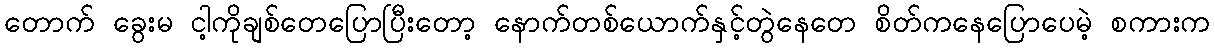
တောက် ခွေးမ ငါ့ကိုချစ်တေပြောပြီးတော့ နောက်တစ်ယောက်နှင့်တွဲနေတေ စိတ်ကနေပြောပေမဲ့ စကားက